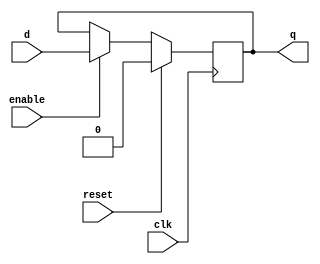
module dff_reset (
    input wire clk,
    input wire reset,
    input wire enable,
    input wire d,
    output reg q
);

always @(posedge clk) begin
    if (reset) begin
        q <= 0;
    end else if (enable) begin
        q <= d;
    end
end

endmodule